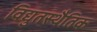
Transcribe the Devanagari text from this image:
विद्युतस्थैतिक